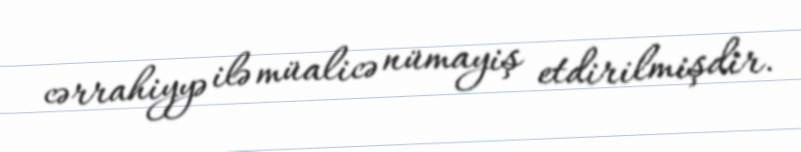
cərrahiyyə ilə müalicə nümayiş etdirilmişdir.